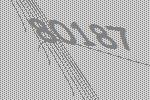
80187